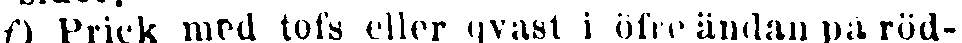
f) Prick med tofs eller qvast i öfre ändan på röd-